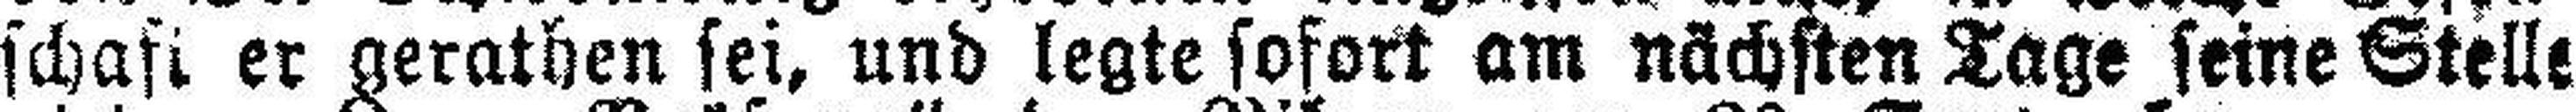
schaft### er gerathen sei, und legte sofort am nächsten Tage seine Stelle